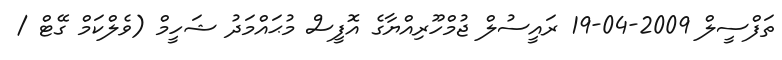
ތަފްސީލް 2009-04-19 ރައީސުލް ޖުމްހޫރިއްޔާގެ އޮފީސް މުޙައްމަދު ޝަހީމް (ވެލްކަމް ގޭޓް /